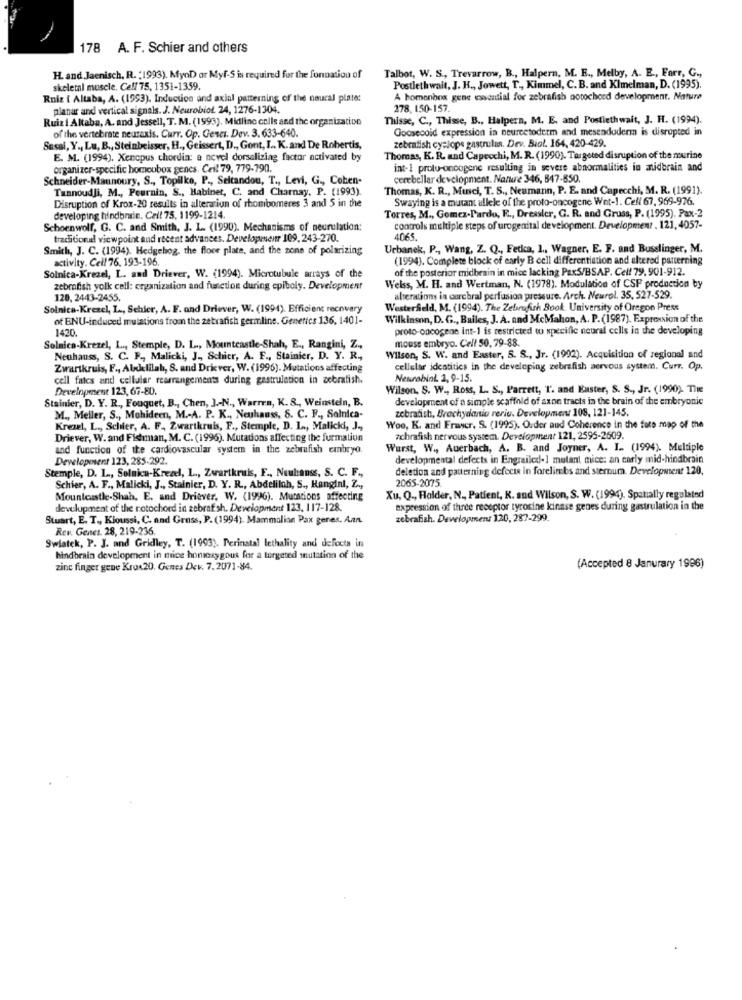
178 A. F. Schier and others
Talbot, W. S ., Trevarrow, B ., Halpern, M. E ., Melby, A. E ., Farr, G .,
H. and Jaenisch, R. (1993). MynD or Myf-S is required for the fonnation of
skeletal muscle, Ce!/ 75, 1351-1359.
Postlethwait, J. K ., Jowett, T ., Kimmel, C. B. and Klmelman, D. (1995).
Ruiz i Altaba, A. (1993). Induction and axial patterning of the neural plate:
A homenbox gene wwwantial for zebrafish norochord development. Nature
planar and vertical signals. J. Neurobiot. 24, 1276-1304.
278, 150-157.
Ruiz i Altaba, A. and Jessell, T. M. (1993), Midline cells and the organization
Thisse, C ., Thisse, B ., Halpern, M. E. and Postiethwait, J. H. (1994).
of the vertebrate neuraxis. Curr. Op. Gesci. Dev. 3. 633-640.
Goosecold expression in neurcetoderm and mesendoderm is disrupted in
Susal, Y ., Lu, B ., Steinbeisser, H ., Geissert, D ., Gont, I. K. and De Robertis,
zebrafish cyclops gastrules. Dev. Biol. 164, 420-429.
E. M. (1994). Xencpus chordin: a novel dorsolizing factor activated by
Thomas, K. R. and Capecchi, M. R. (1990). Targeted disruption of the murine
organizer-specific homeubox genes. Ceil 79, 779-790.
int-1 proto-oncogene resulting in severe abnormalities in midbrain and
Schneider-Maunoury, S ., Topilko, P ., Seltandou, T ., Levi, G ., Cohen-
cerebellar development. Nature 346, 847-850.
Tannoudji, M ., Peurnin, S ., Habinet, C. and Charnay, P. (1993).
Thomas, K. R ., Musci, T. S ., Neumann, P. E. and Capecchi, M. R. (1991).
Disruption of Krox-20 results in alteratiun of rhombomeres 3 and 5 in the
Swaying is a mutant allele of the proto-oncogene Wet-1. Cell 67. 969-976.
Torres, M ., Gomez-Pardo, R ., Dressler, G. R. and Gruss, P. (1995). Pax-2
developing hindbrain. Crit 75, 1199-1214.
Schoenwolf, G. C. and Smith, J. L. (1990). Mechanisms of neurulation;
controls multiple steps of urogenital development. Development , 121, 4057-
traditional viewpoint and recent advances. Developmentr 109.243-270.
Smith, J. C. (1994). Hedgehog, the floor plate, and the zone of polarizing
Urbanek, P ., Wang, Z. Q ., Fetka, 1 ., Wagner, E. F. and Busslinger, M.
activity. Cell 76. 193-196.
(1994). Complete block of early B cell differentiation and altered patterning
of the posterior midbenin in mice lacking PaxS/BSAP. Cell 79, 901-912.
Solnica-Krezel, L. and Driever, W. (1994). Microtubule arrays of the
zebrafish yolk cell: organization and function during epiboly. Development
Welss, M. H. and Wertman, N. (1978). Modulation of CSP production by
120, 2443-2455.
alterations in corebral perfusion pressure. Arch. Neurol. 35, 527-529.
Solnica-Krezel, L ., Schier, A. F. and Driever, W. (1994). Efficient recovery
Westerfield, M. (1994). The Zebrafish Book. University of Oregon Press
of ENU-induced mutations from the zebrafish germline. Genetics 136, 1401-
Wilkinson, D. G ., Bailes, J. A. and McMahon, A. P. (1987). Expression of the
1420.
proto-oncogene int-1 is restricted to specific neural cells in the developing
mouse embryo. Cell 50, 79-88.
Solnica-Krezel, L ., Stemple, D. L ., Mountcastle-Shah, E ., Rangini, Z .,
Neuhauss, S. C. F ., Malicki, J ., Schier, A. F ., Stainier, D. Y. R .,
Wilson, S. W. and Easter, S. S ., Jr. (1992). Acquisition of regional and
Zwartkruis, F ., Abdelilah, S. and Driver, W. (1996). Mutations affecting
cellular idcatitics in the developing zebrafish aervous system. Curr. Op.
cell fates and cellular rearrangements during gastrulation in zebrafish.
Neurobinl 2, 9-15.
Development 123, 67-80.
Wilson, S. W ., Ross, L. S ., Parrett, I. and Easter, S. S ., Jr. (1990). The
Stainier, D. Y. R ., Fouquet, B ., Chen, J .- N ., Warren, K. S ., Weinstein, B.
development of a simple scaffold of axon tracts in the brain of the embryonic
zebrafish, Brachydanio reriu. Development 108, 121-145.
M ., Meller, S ., Mohideen, M .- A. P. K ., Neuhauss, S. C. F ., Salnica-
Kreael, L ., Schier, A. F. Zwartkruis, F ., Stemple, D. L ., Malicki, J .,
Woo, K. and Fraser, S. (1995). Ouder aud Coherence in the fore map of the
Driever, W. and Fishman, M. C. (1996). Mutations affecting the furmation
zebrafish nervous system. Development 121, 2595-2609.
and function of the cardiovascular system in the zebrafish embryo
Wurst, W ., Auerbach, A. B. and Joyner, A. I .. (1994). Multiple
Development 123, 285-292.
developmental defects in Engrailcd-1 mutant mice: an early mid-hindbrain
Stemple, D. L ., Solnica-Krezel, L ., Zwartkruis, F ., Neuhauss, S. C. F .,
deletion and patterning defects in forelimbs and sternum. Developutent 120,
2065-2075
Schier, A. F ., Malicki, J ., Stainier, D. Y. R ., Abdelilah, S ., Hanginl, Z .,
Mountcustle-Shah, E. and Driever, W. (1996). Mutations affecting
Xu, Q ., Holder, N ,, Patient, R. and Wilson, S. W. (1994). Spatially regulated
development of the notochord in zebrafish. Development 123, 117-128.
expression of three receptor tyrosine kinase genes during gastrulation in the
Stuart, E. T ., Kioussi, C. and Gross, P. (1994). Mammalian Pax genes. Aan.
zebrafish. Development 120, 287-299.
Rev. Gentes. 28, 219-236.
Swiatek, P. J. and Gridley, T. (1993). Perinatal lethality and defocts in
hindbrain development in mice honzygous for a targeted mutation of the
zinc finger gene Krox20. Genes Dev. 7.2071-84.
(Accepted 8 January 1996)